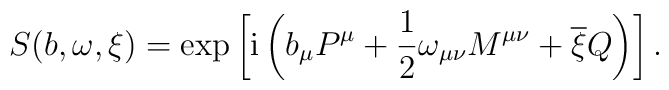
S(b,\omega,\xi) = \exp \left[ {\rm i} \left( b_{\mu}  P^{\mu} + \frac{1}{2} \omega_{\mu\nu} M^{\mu\nu} + \overline{\xi} Q  \right) \right] .